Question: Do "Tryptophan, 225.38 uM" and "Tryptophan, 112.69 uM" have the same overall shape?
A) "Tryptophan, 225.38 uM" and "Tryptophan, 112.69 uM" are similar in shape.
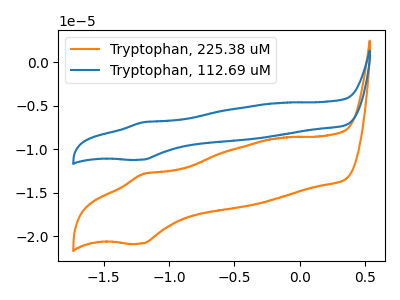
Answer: <think>The orange curve "Tryptophan, 225.38 uM" has an anodic peak at (-1.20V, -12.85uA) and a cathodic peak at (-1.20V, -20.85uA). The blue curve "Tryptophan, 112.69 uM" has an anodic peak at (-1.20V, -6.90uA) and a cathodic peak at (-1.20V, -11.20uA).
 All the peaks in "Tryptophan, 225.38 uM" have a peak in "Tryptophan, 112.69 uM" at the same potential.</think>
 <answer>A) "Tryptophan, 225.38 uM" and "Tryptophan, 112.69 uM" are similar in shape.</answer>
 <eval>A</eval>